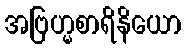
အဗြဟ္မစာရိနိယော